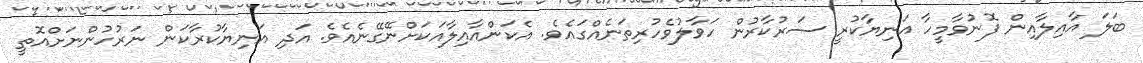
ބަލަ އާއިލާއިން ފޮނުވާމީހާ އަނިޔާކުރީ ސަރުކާރުން ހަވާލުވެހުރިތަނެއްގައެވެ. އެކަންއާއިލާއަކަށްނޭގޭނެއެވެ. އަދި އަނިޔާކުރާކަން ނަރުހުންނަށްއޮތީ